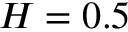
H = 0 . 5